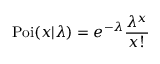
\operatorname { P o i } ( x | \lambda ) = e ^ { - \lambda } \frac { \lambda ^ { x } } { x ! }